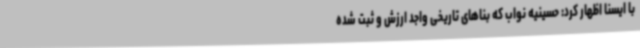
با ایسنا اظهار کرد: حسینیه نواب که بناهای تاریخی واجد ارزش و ثبت شده